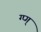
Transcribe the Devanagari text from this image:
ग्प्ग्